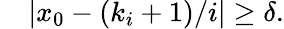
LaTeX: \quad|x_{0}-(k_{i}+1)/i|\geq\delta.